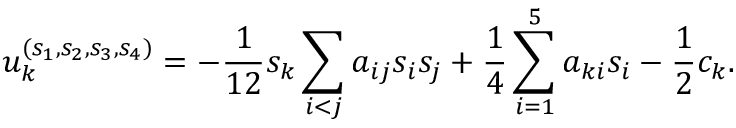
u _ { k } ^ { ( s _ { 1 } , s _ { 2 } , s _ { 3 } , s _ { 4 } ) } = - \frac { 1 } { 1 2 } s _ { k } \sum _ { i < j } a _ { i j } s _ { i } s _ { j } + \frac { 1 } { 4 } \sum _ { i = 1 } ^ { 5 } a _ { k i } s _ { i } - \frac { 1 } { 2 } c _ { k } .